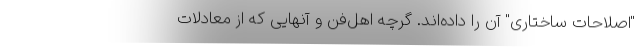
"اصلاحات ساختاری" آن را داده‌اند. گرچه اهل‌فن و آنهایی که از معادلات